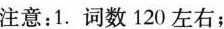
注意：1.词数120左右；